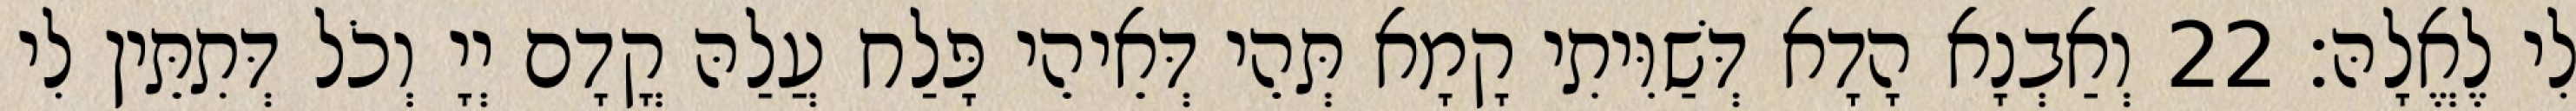
לִי לֶאֱלָהּ׃ 22 וְאַבְנָא הָדָא דְּשַׁוִּיתִי קָמָא תְּהֵי דְּאֵיהֵי פָּלַח עֲלַהּ קֳדָם יְיָ וְכֹל דְּתִתֵּין לִי